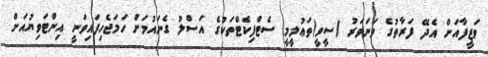
ވަޒީފާއަށް އެދޭ ފަރާތުގެ ވަނަވަރު (ސީވީ)ތަޢުލީމީ ސެޓްފިކެޓްތަކުގެ އަސްލު ގެނައުމަށް ހަމަޖެހިފައިވަނީ އިންޓަވިޔުއަށް